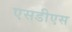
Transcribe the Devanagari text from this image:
एसडीएस